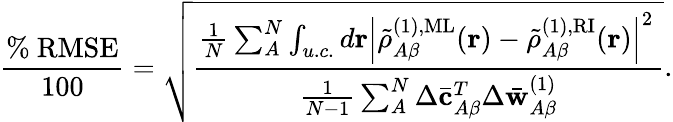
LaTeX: \frac{\textrm{\% RMSE}}{100}=\sqrt{\frac{\frac{1}{N}\sum_{A}^{N}\int_{u.c.}d\mathbf{r}\left|\tilde{\rho}_{A\beta}^{(1),\mathrm{ML}}(\mathbf{r})-\tilde{\rho}_{A\beta}^{(1),\mathrm{RI}}(\mathbf{r})\right|^{2}\, }{\frac{1}{N-1}\sum_{A}^{N}\Delta\bar{\mathbf{c}}_{A\beta}^{T}\Delta\bar{\mathbf{w}}_{A\beta}^{(1)}}}.